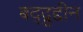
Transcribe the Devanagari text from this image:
बद्द्रुद्दीन